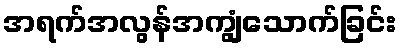
အရက်အလွန်အကျွံသောက်ခြင်း